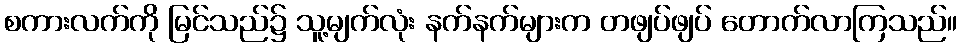
စကားလက်ကို မြင်သည်၌ သူ့မျက်လုံး နက်နက်များက တဖျပ်ဖျပ် တောက်လာကြသည်။